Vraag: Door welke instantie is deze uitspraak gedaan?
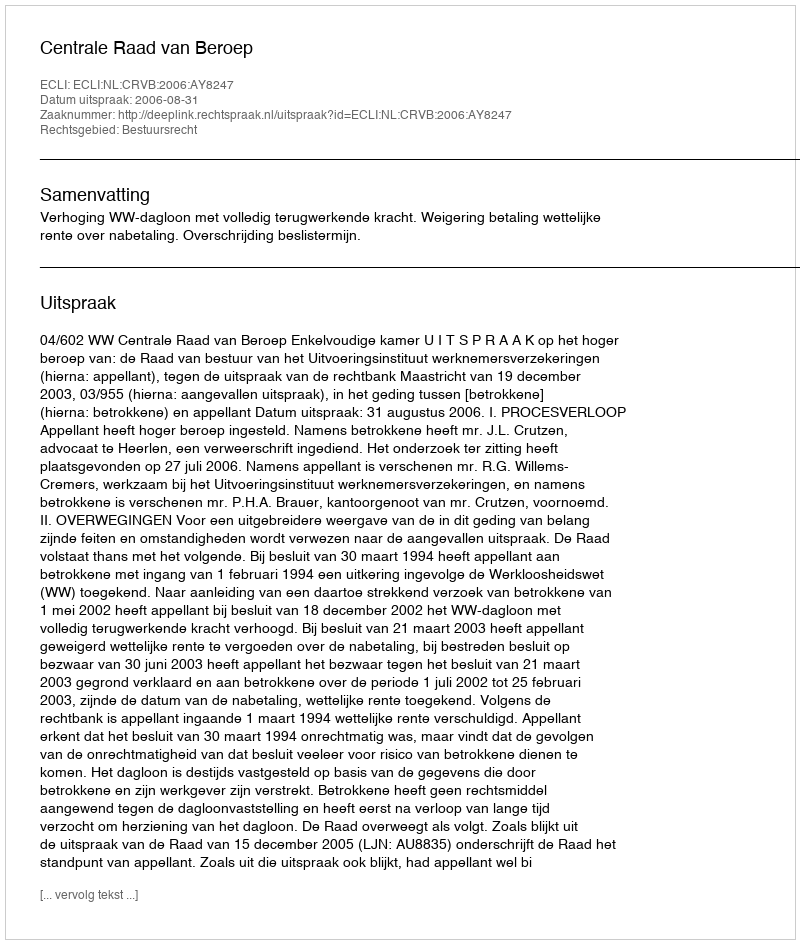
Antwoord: Centrale Raad van Beroep